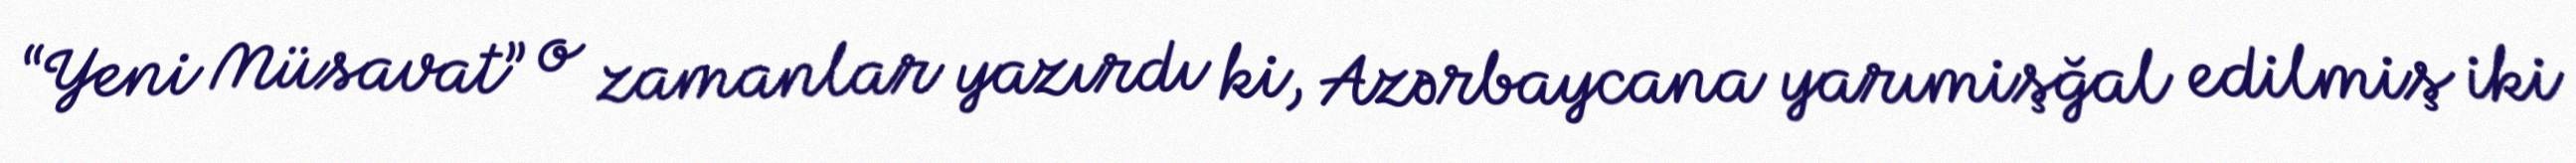
“Yeni Müsavat” o zamanlar yazırdı ki, Azərbaycana yarımişğal edilmiş iki